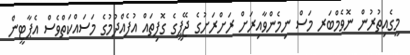
މީގެއިތުރުން ނޮވެމްބަރ މަސް ނިމެންވާއިރަށް ރަށްރަށުގެ ޖޭޕީގެ ގޮފިތައް އުފެއްދުމުގެ މަސައްކަތްވެސް އެޕާޓީން